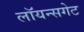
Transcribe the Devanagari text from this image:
लॉयन्सगेट